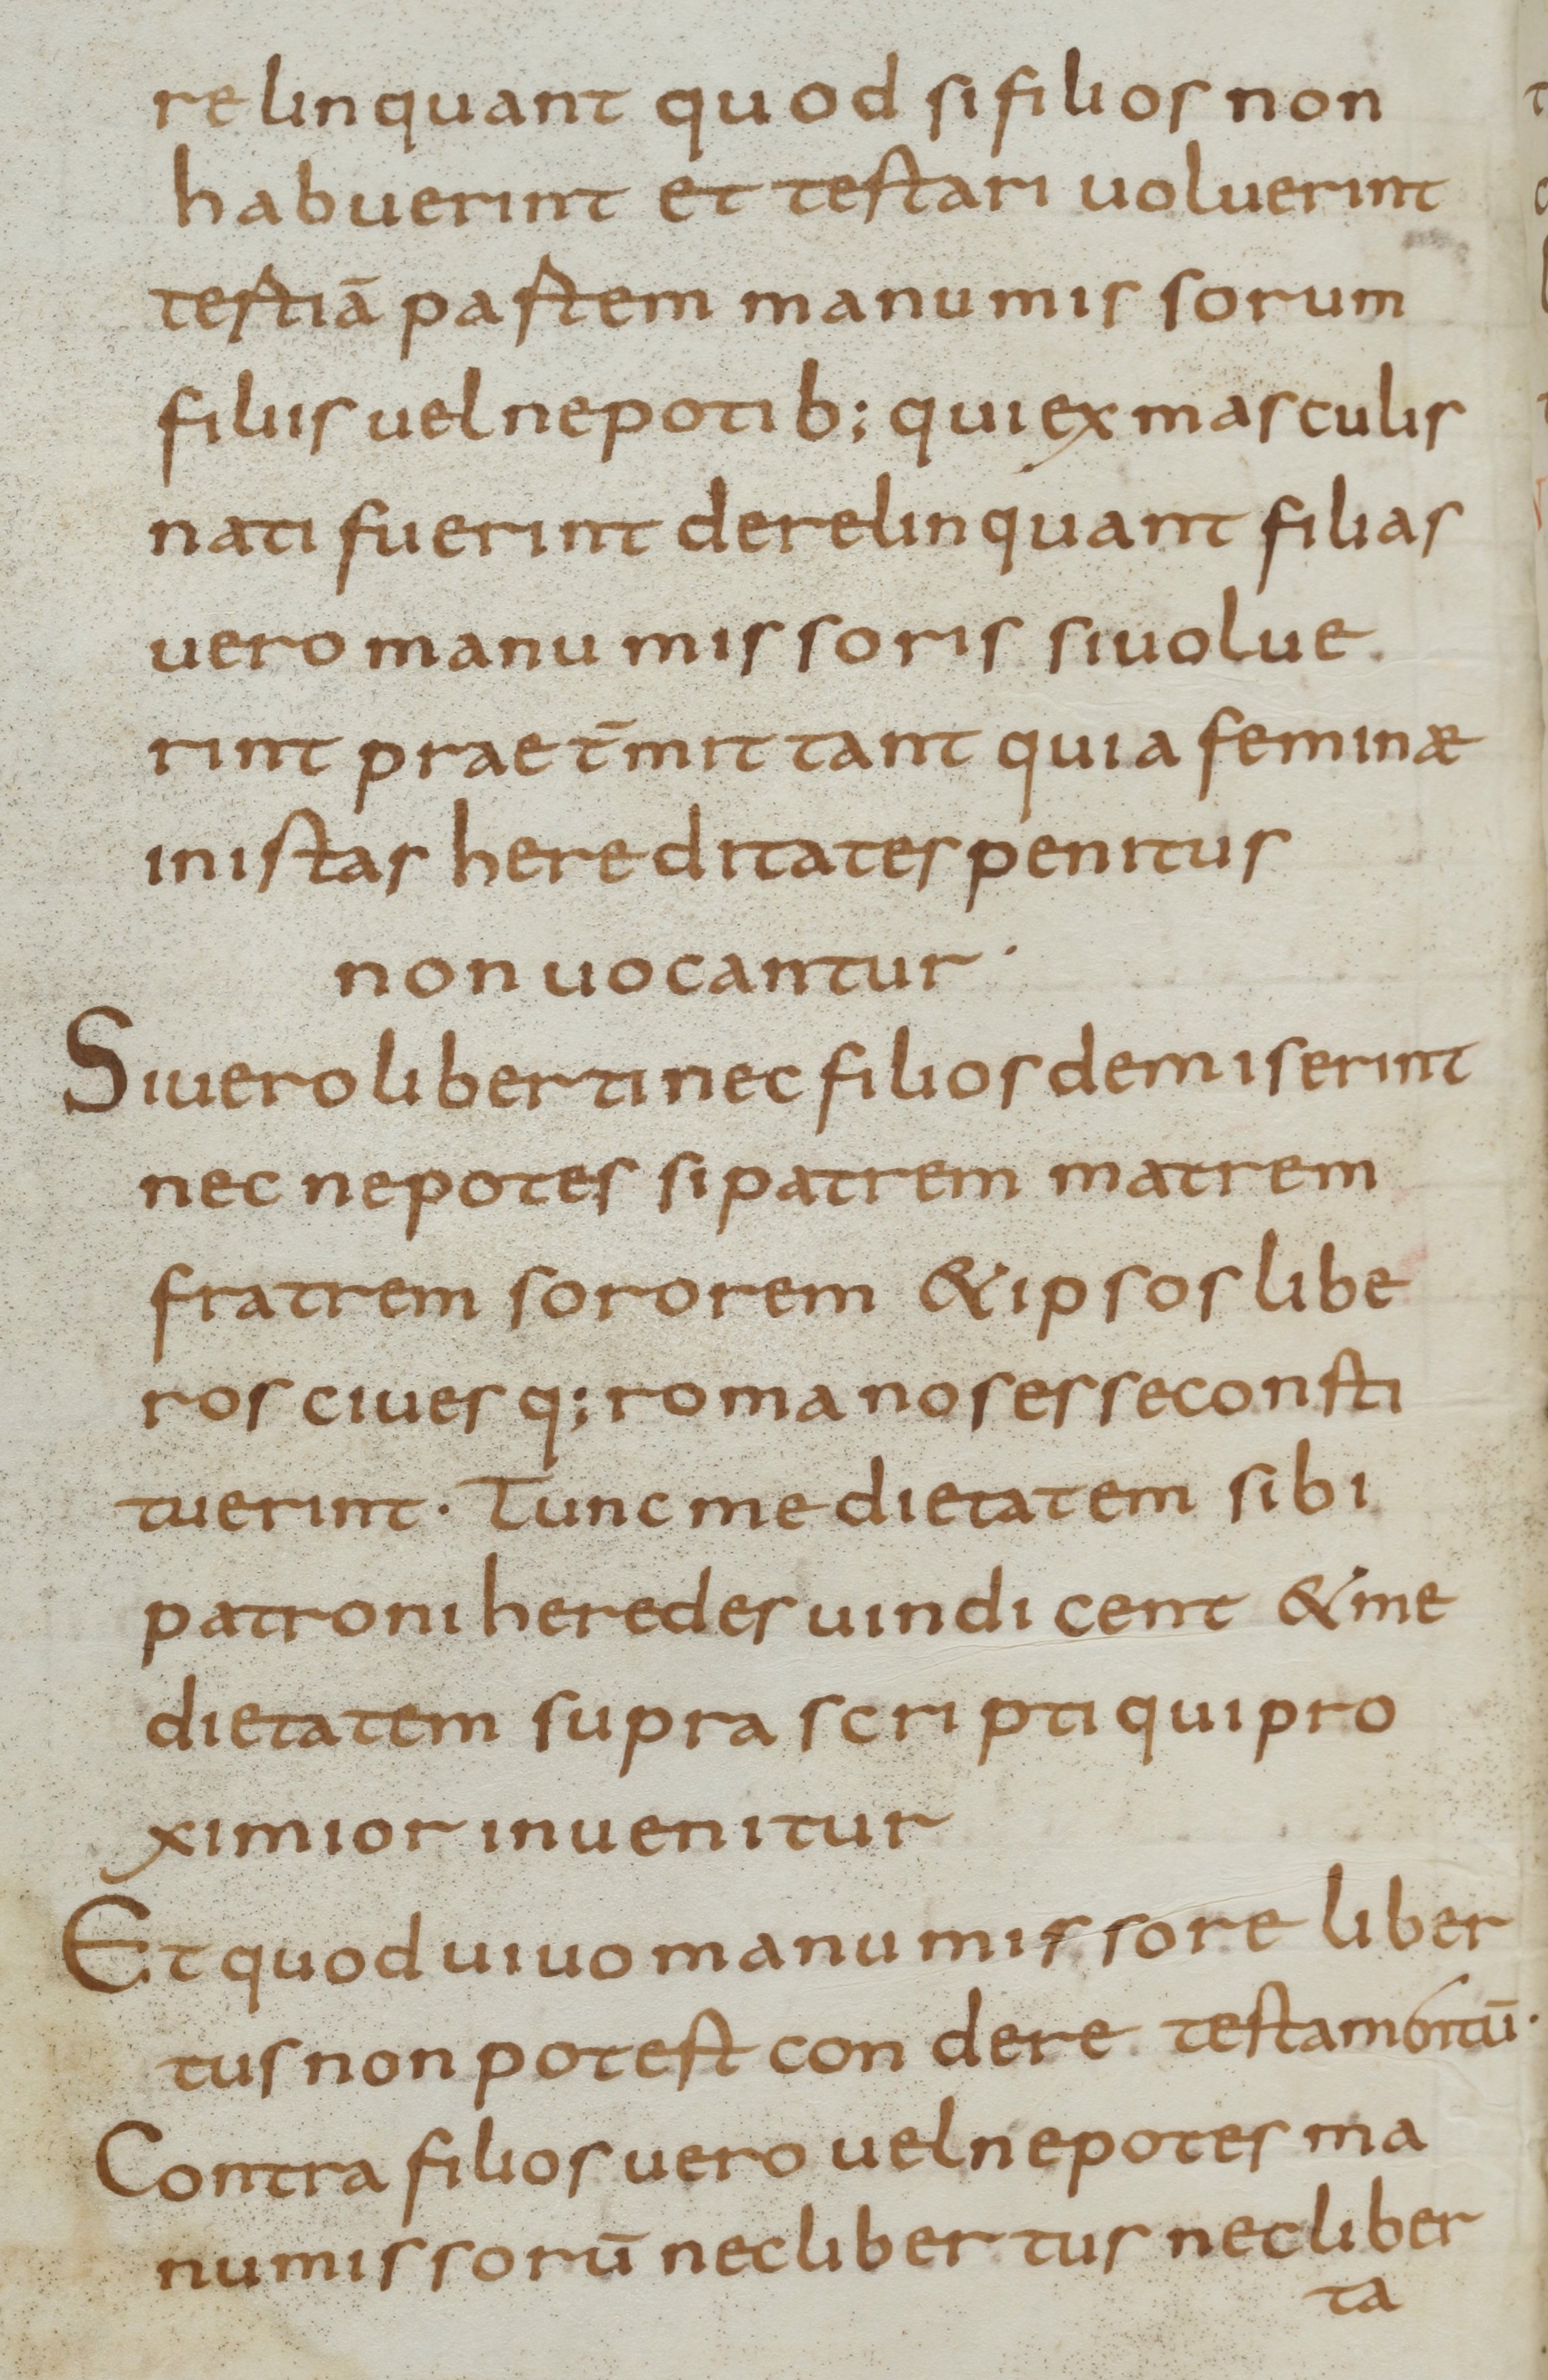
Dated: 800–830